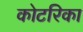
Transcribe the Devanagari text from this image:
कोटरिका